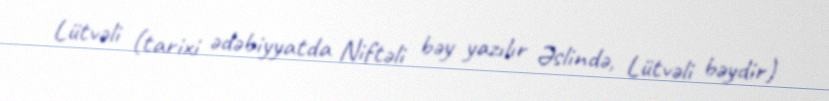
Lütvəli (tarixi ədəbiyyatda Niftəli bəy yazılır Əslində, Lütvəli bəydir)